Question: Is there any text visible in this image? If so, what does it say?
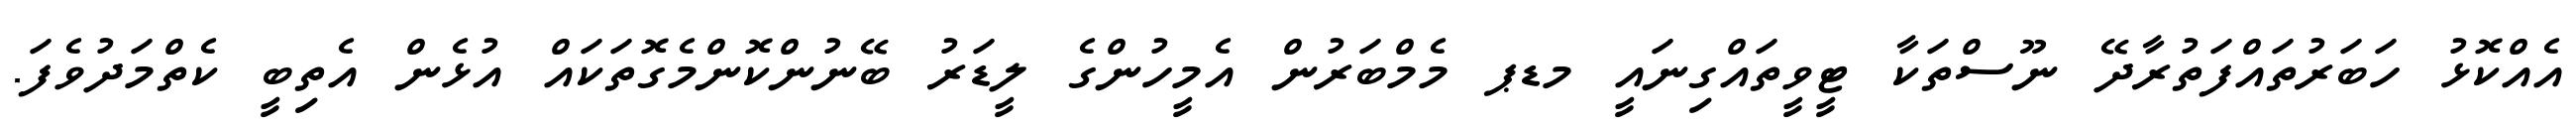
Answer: އެއްކޮޅު ހަބަރުތައްފަތުރާދޭ ނޫސްތަކާ ޓީވީތައްގިނައީ މޑޕ މެމްބަރުން އެމީހުންގެ ލީޑަރު ބޭނުންކޮންމެގޮތަކައް އުޅެން އެތިބީ ކެތްމަދުވެފަ.